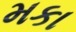
મકા